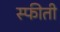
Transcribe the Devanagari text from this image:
स्फीती